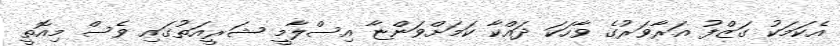
އެކަމަކު ގަޒްފު އަރާވަރުގެ ވާހަކަ ދައްކާ ކަމަށްވަންޏާ އިސްލާމީ ޝަރީއަތުގައި ވެސް މިއޮތީ